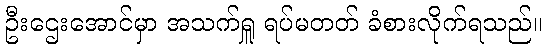
ဦးဌေးအောင်မှာ အသက်ရှူ ရပ်မတတ် ခံစားလိုက်ရသည်။